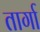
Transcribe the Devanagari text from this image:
तार्गा